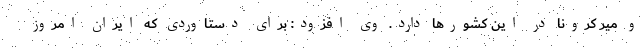
و میر کرونا در این کشورها دارد. وی افزود: برای دستاوردی که ایران امروز